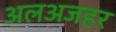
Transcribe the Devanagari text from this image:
अलअजहर